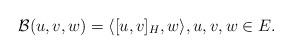
LaTeX: \begin{align*} \mathcal{B}(u,v,w) = \langle [u,v]_H,w\rangle,u,v,w\in E.\end{align*}